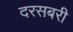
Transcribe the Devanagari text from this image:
दरसबरी